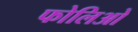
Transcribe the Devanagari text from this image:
फोलिओ